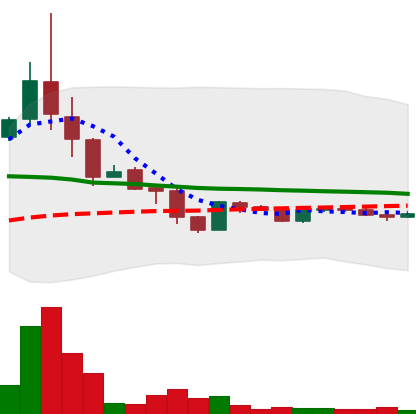
Ticker: LTC-USD
Chart end date: 2015-11-21
Forward return: 14.541%
Label: up_7plus